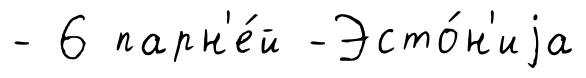
- 6 парн'е́й -Эсто́н'иjа